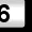
Digit: 6